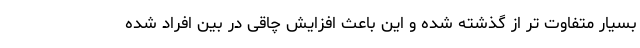
بسیار متفاوت تر از گذشته شده و این باعث افزایش چاقی در بین افراد شده